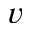
v